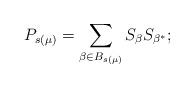
LaTeX: \begin{align*}P_{s(\mu)}=\sum_{\beta \in B_{s(\mu)}} S_{\beta}S_{\beta^*};\end{align*}